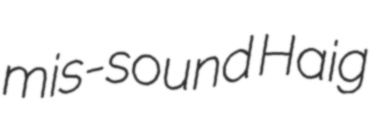
mis-sound Haig